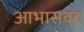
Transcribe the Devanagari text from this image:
आभासवद